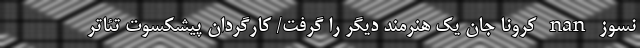
نسوز nan کرونا جان یک هنرمند دیگر را گرفت/ کارگردان پیشکسوت تئاتر